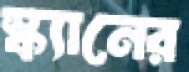
স্ক্যানের